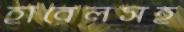
হাবেলসহ